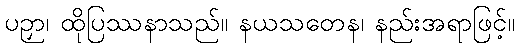
ပဉှာ၊ ထိုပြဿနာသည်။ နယသတေန၊ နည်းအရာဖြင့်။